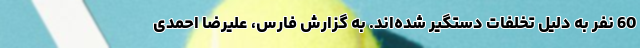
60 نفر به دلیل تخلفات دستگیر شده‌اند. به گزارش فارس، علیرضا احمدی